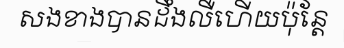
សងខាងបានដឹងលឺហើយប៉ុន្តែ